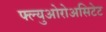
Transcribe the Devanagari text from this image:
फ्ल्युओरोअसिटेट